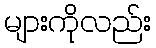
များကိုလည်း